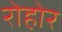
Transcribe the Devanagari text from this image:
रोहोर